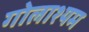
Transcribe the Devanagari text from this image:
गोलाश्यम